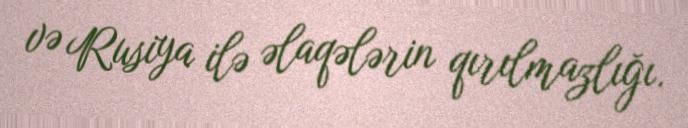
və Rusiya ilə əlaqələrin qırılmazlığı.